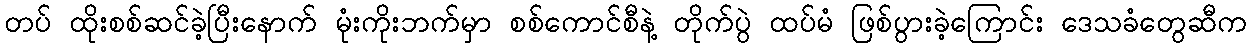
တပ် ထိုးစစ်ဆင်ခဲ့ပြီးနောက် မုံးကိုးဘက်မှာ စစ်ကောင်စီနဲ့ တိုက်ပွဲ ထပ်မံ ဖြစ်ပွားခဲ့ကြောင်း ဒေသခံတွေဆီက